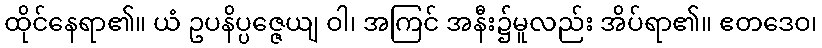
ထိုင်နေရာ၏။ ယံ ဥပနိပ္ပဇ္ဇေယျ ဝါ၊ အကြင် အနီး၌မူလည်း အိပ်ရာ၏။ ဧတဒေဝ၊